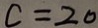
c = 2 0